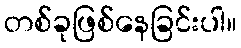
တစ်ခုဖြစ်နေခြင်းပါ။